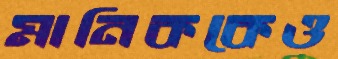
মানিককেও